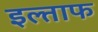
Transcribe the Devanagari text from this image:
इल्ताफ